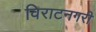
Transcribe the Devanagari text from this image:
विराटनगरी